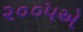
૨૦૦૫એ